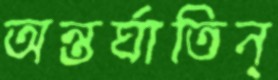
অন্তর্ঘাতিন্